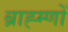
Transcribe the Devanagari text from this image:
ब्राह्म्णों